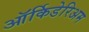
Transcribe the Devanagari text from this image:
ऑर्किडेरिअम